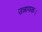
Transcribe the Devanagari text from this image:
उन्नायक।